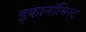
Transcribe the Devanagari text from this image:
इकानॉमिस्ट